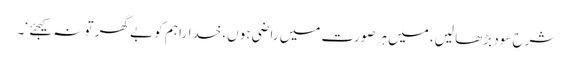
شرحِ سود بڑھا لیں، میں ہر صورت میں راضی ہوں، خدارا ہم کو بے گھر تو نہ کیجئے ‘۔